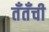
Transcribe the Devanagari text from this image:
तँतँची